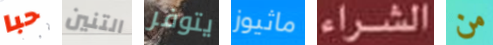
حبا التنين يتوفر ماثيوز الشراء من